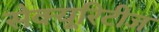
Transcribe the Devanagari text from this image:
सेक्यूरिटीज